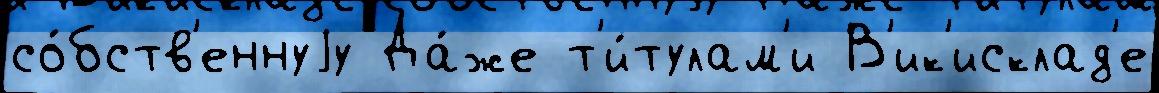
со́бств'еннуjу Да́же т'и́тулам'и В'ик'исклад'е